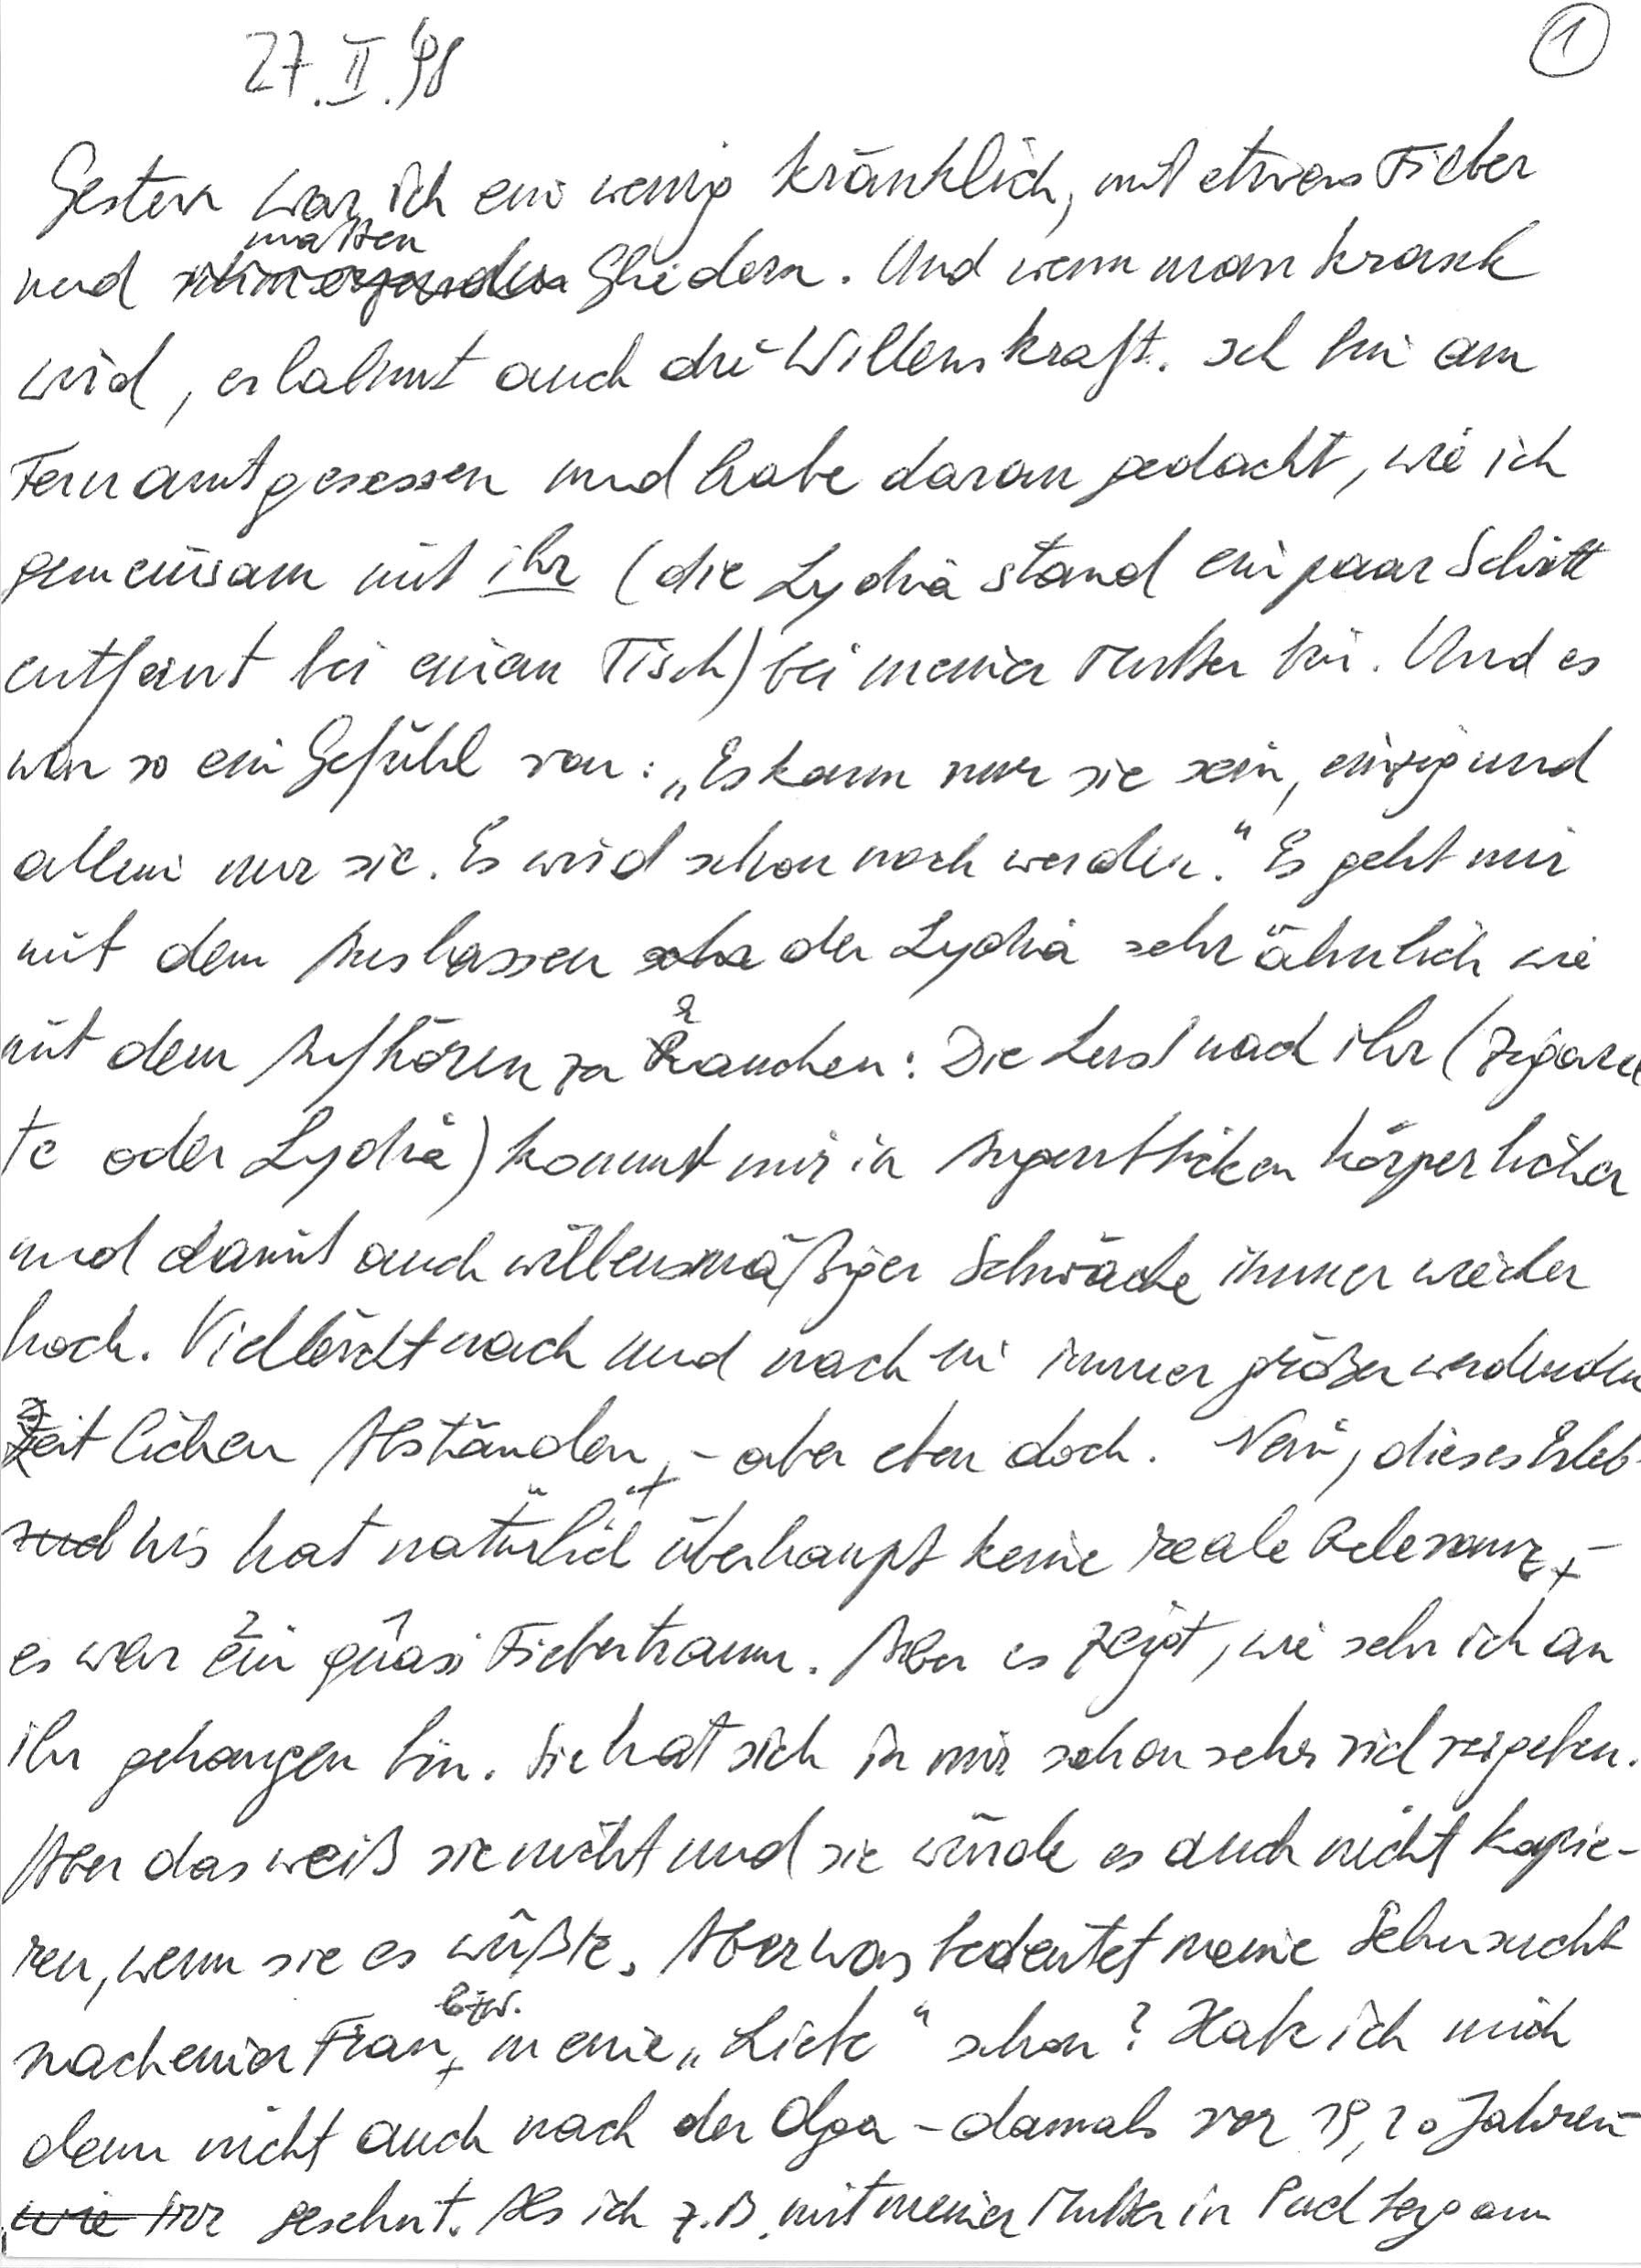
27. II. ‘98
Gestern war ich ein wenig kränklich, mit etwas Fieber
und matten Gliedern. Und wenn man krank
wird, erlahmt auch die Willenskraft. Ich bin am
Fernamt gesessen und habe daran gedacht, wie ich
gemeinsam mit ihr (die Lydia stand ein paar Schritt
entfernt bei einem Tisch) bei meiner Mutter bin. Und es
war so ein Gefühl von: „Es kann nur sie sein, einzig und
allein nur sie. Es wird schon noch werden.“ Es geht mir
mit dem Auslassen der Lydia sehr ähnlich wie
mit dem Aufhören zu rauchen: Die Lust nach ihr (Zigaret-
te oder Lydia) kommt mir in Augenblicken körperlicher
und damit auch willensmäßiger Schwäche immer wieder
hoch. Vielleicht nach und nach in immer größer werdenden
zeitlichen Abständen – aber eben doch. Nein, dieses Erleb-
nis hat natürlich überhaupt keine reale Relevanz –
es war quasi ein Fiebertraum. Aber es zeigt, wie sehr ich an
ihr gehangen bin. Sie hat sich in mir schon sehr viel vergeben.
Aber das weiß sie nicht und sie würde es auch nicht kapie-
ren, wenn sie es wüßte. Aber was bedeutet meine Sehnsucht
nach einer Frau bzw. meine „Liebe“ schon? Habe ich mich
denn nicht auch nach der Olga – damals vor 19, 20 Jahren –
wie irr gesehnt? Als ich z. B. mit meiner Mutter in Puchberg am